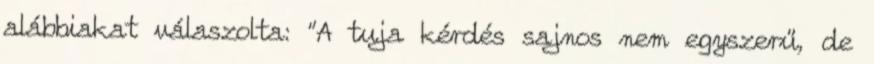
alábbiakat válaszolta: "A tuja kérdés sajnos nem egyszerű, de